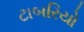
ટાબરિયો